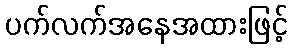
ပက်လက်အနေအထားဖြင့်